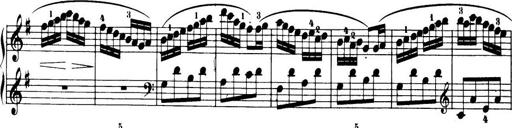
Title: 32 Sonatinas and Rondos for the Piano
Composer: Richard Kleinmichel